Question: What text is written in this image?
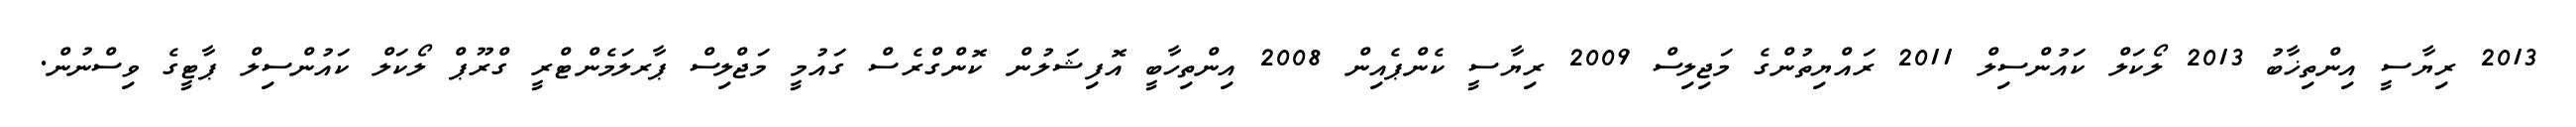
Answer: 2013 ރިޔާސީ އިންތިޚާބު 2013 ލޯކަލް ކައުންސިލް 2011 ރައްޔިތުންގެ މަޖިލިސް 2009 ރިޔާސީ ކެންޕެއިން 2008 އިންތިހާބީ އޮފިޝަލުން ކޮންގްރެސް ގައުމީ މަޖްލިސް ޕާރލަމެންޓްރީ ގްރޫޕް ލޯކަލް ކައުންސިލް ޕާޓީގެ ވިސްނުން.